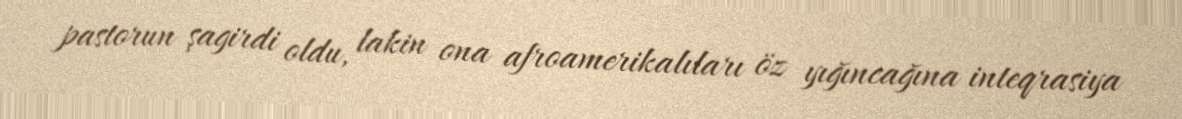
pastorun şagirdi oldu, lakin ona afroamerikalıları öz yığıncağına inteqrasiya